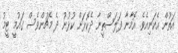
އަތުން އެކަނިއެވެ. އޮމާނާ ފަލަސްތީނާ ދެކޮޅަށް ކުޅުނު ދެ މެޗުންވެސް ގައުމީ ޓީމު